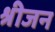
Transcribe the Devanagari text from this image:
श्रीजन